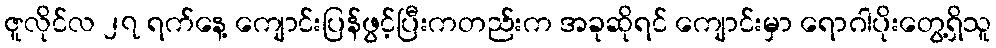
ဇူလိုင်လ ၂၇ ရက်နေ့ ကျောင်းပြန်ဖွင့်ပြီးကတည်းက အခုဆိုရင် ကျောင်းမှာ ရောဂါပိုးတွေ့ရှိသူ